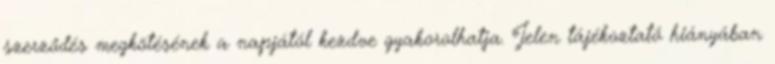
szerződés megkötésének a napjától kezdve gyakorolhatja. Jelen tájékoztató hiányában